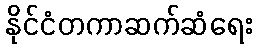
နိုင်ငံတကာဆက်ဆံရေး